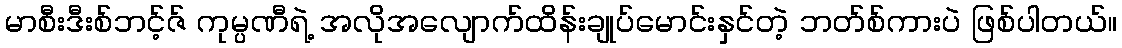
မာစီးဒီးစ်ဘင့်ဇ် ကုမ္ပဏီရဲ့ အလိုအလျောက်ထိန်းချုပ်မောင်းနှင်တဲ့ ဘတ်စ်ကားပဲ ဖြစ်ပါတယ်။